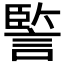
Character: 𧩾